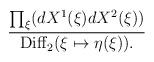
LaTeX: \begin{align*}{{\prod_\xi (dX^1(\xi)dX^2(\xi))}\over {{\rm Diff}_2 (\xi\mapsto\eta(\xi)).}}\end{align*}